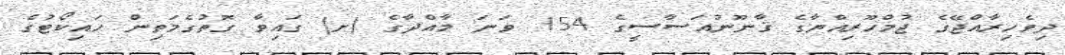
ދިވެހިރާއްޖޭގެ ޖުމްހޫރިއްޔާގެ ޤާނޫނުއަސާސީގެ 154 ވަނަ މާއްދާގެ (ށ) ގައިވާ ގޮތުގެމަތިން ހައިކޯޓުގެ